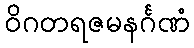
ဝိဂတရဇမနင်္ဂဏံ